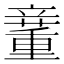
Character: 𥪿